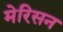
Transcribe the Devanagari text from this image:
मेरिसन